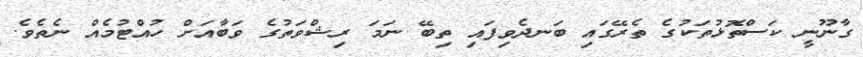
ގާނޫނީ ކަސްތޮޅުތަކުގެ ތެރޭގައި ބަނދެވިފައި ތިބޭ ނަމަ ރިޝްވަތުގެ ވަބާއަށް ހުއްޓުމެއް ނެތެވެ.